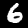
Label: 6